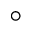
\circ